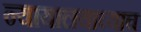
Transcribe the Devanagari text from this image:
न्यायालयाच्याच